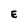
Character: E